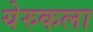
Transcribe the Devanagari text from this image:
येरुकला